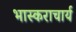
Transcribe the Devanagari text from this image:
भास्‍कराचार्य